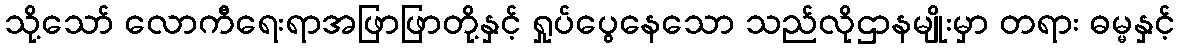
သို့သော် လောကီရေးရာအဖြာဖြာတို့နှင့် ရှုပ်ပွေနေသော သည်လိုဌာနမျိုးမှာ တရား ဓမ္မနှင့်